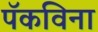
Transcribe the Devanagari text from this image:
पॅकविना